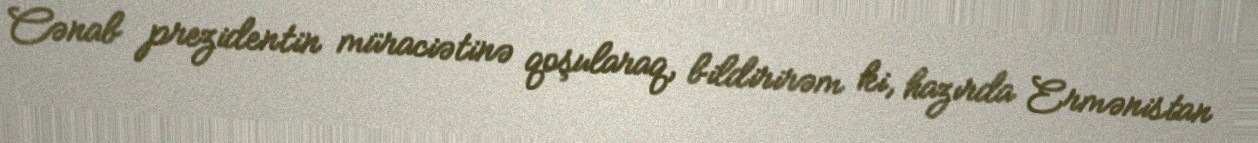
Cənab prezidentin müraciətinə qoşularaq, bildirirəm ki, hazırda Ermənistan